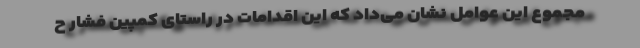
مجموع این عوامل نشان می‌داد که این اقدامات در راستای کمپین فشار ح